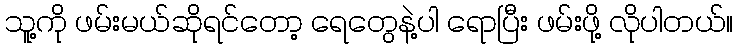
သူ့ကို ဖမ်းမယ်ဆိုရင်တော့ ရေတွေနဲ့ပါ ရောပြီး ဖမ်းဖို့ လိုပါတယ်။